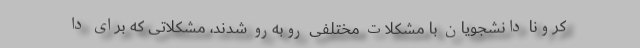
کرونا دانشجویان با مشکلات مختلفی روبه‌رو شدند، مشکلاتی که برای دا